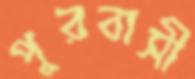
পুরবাসী